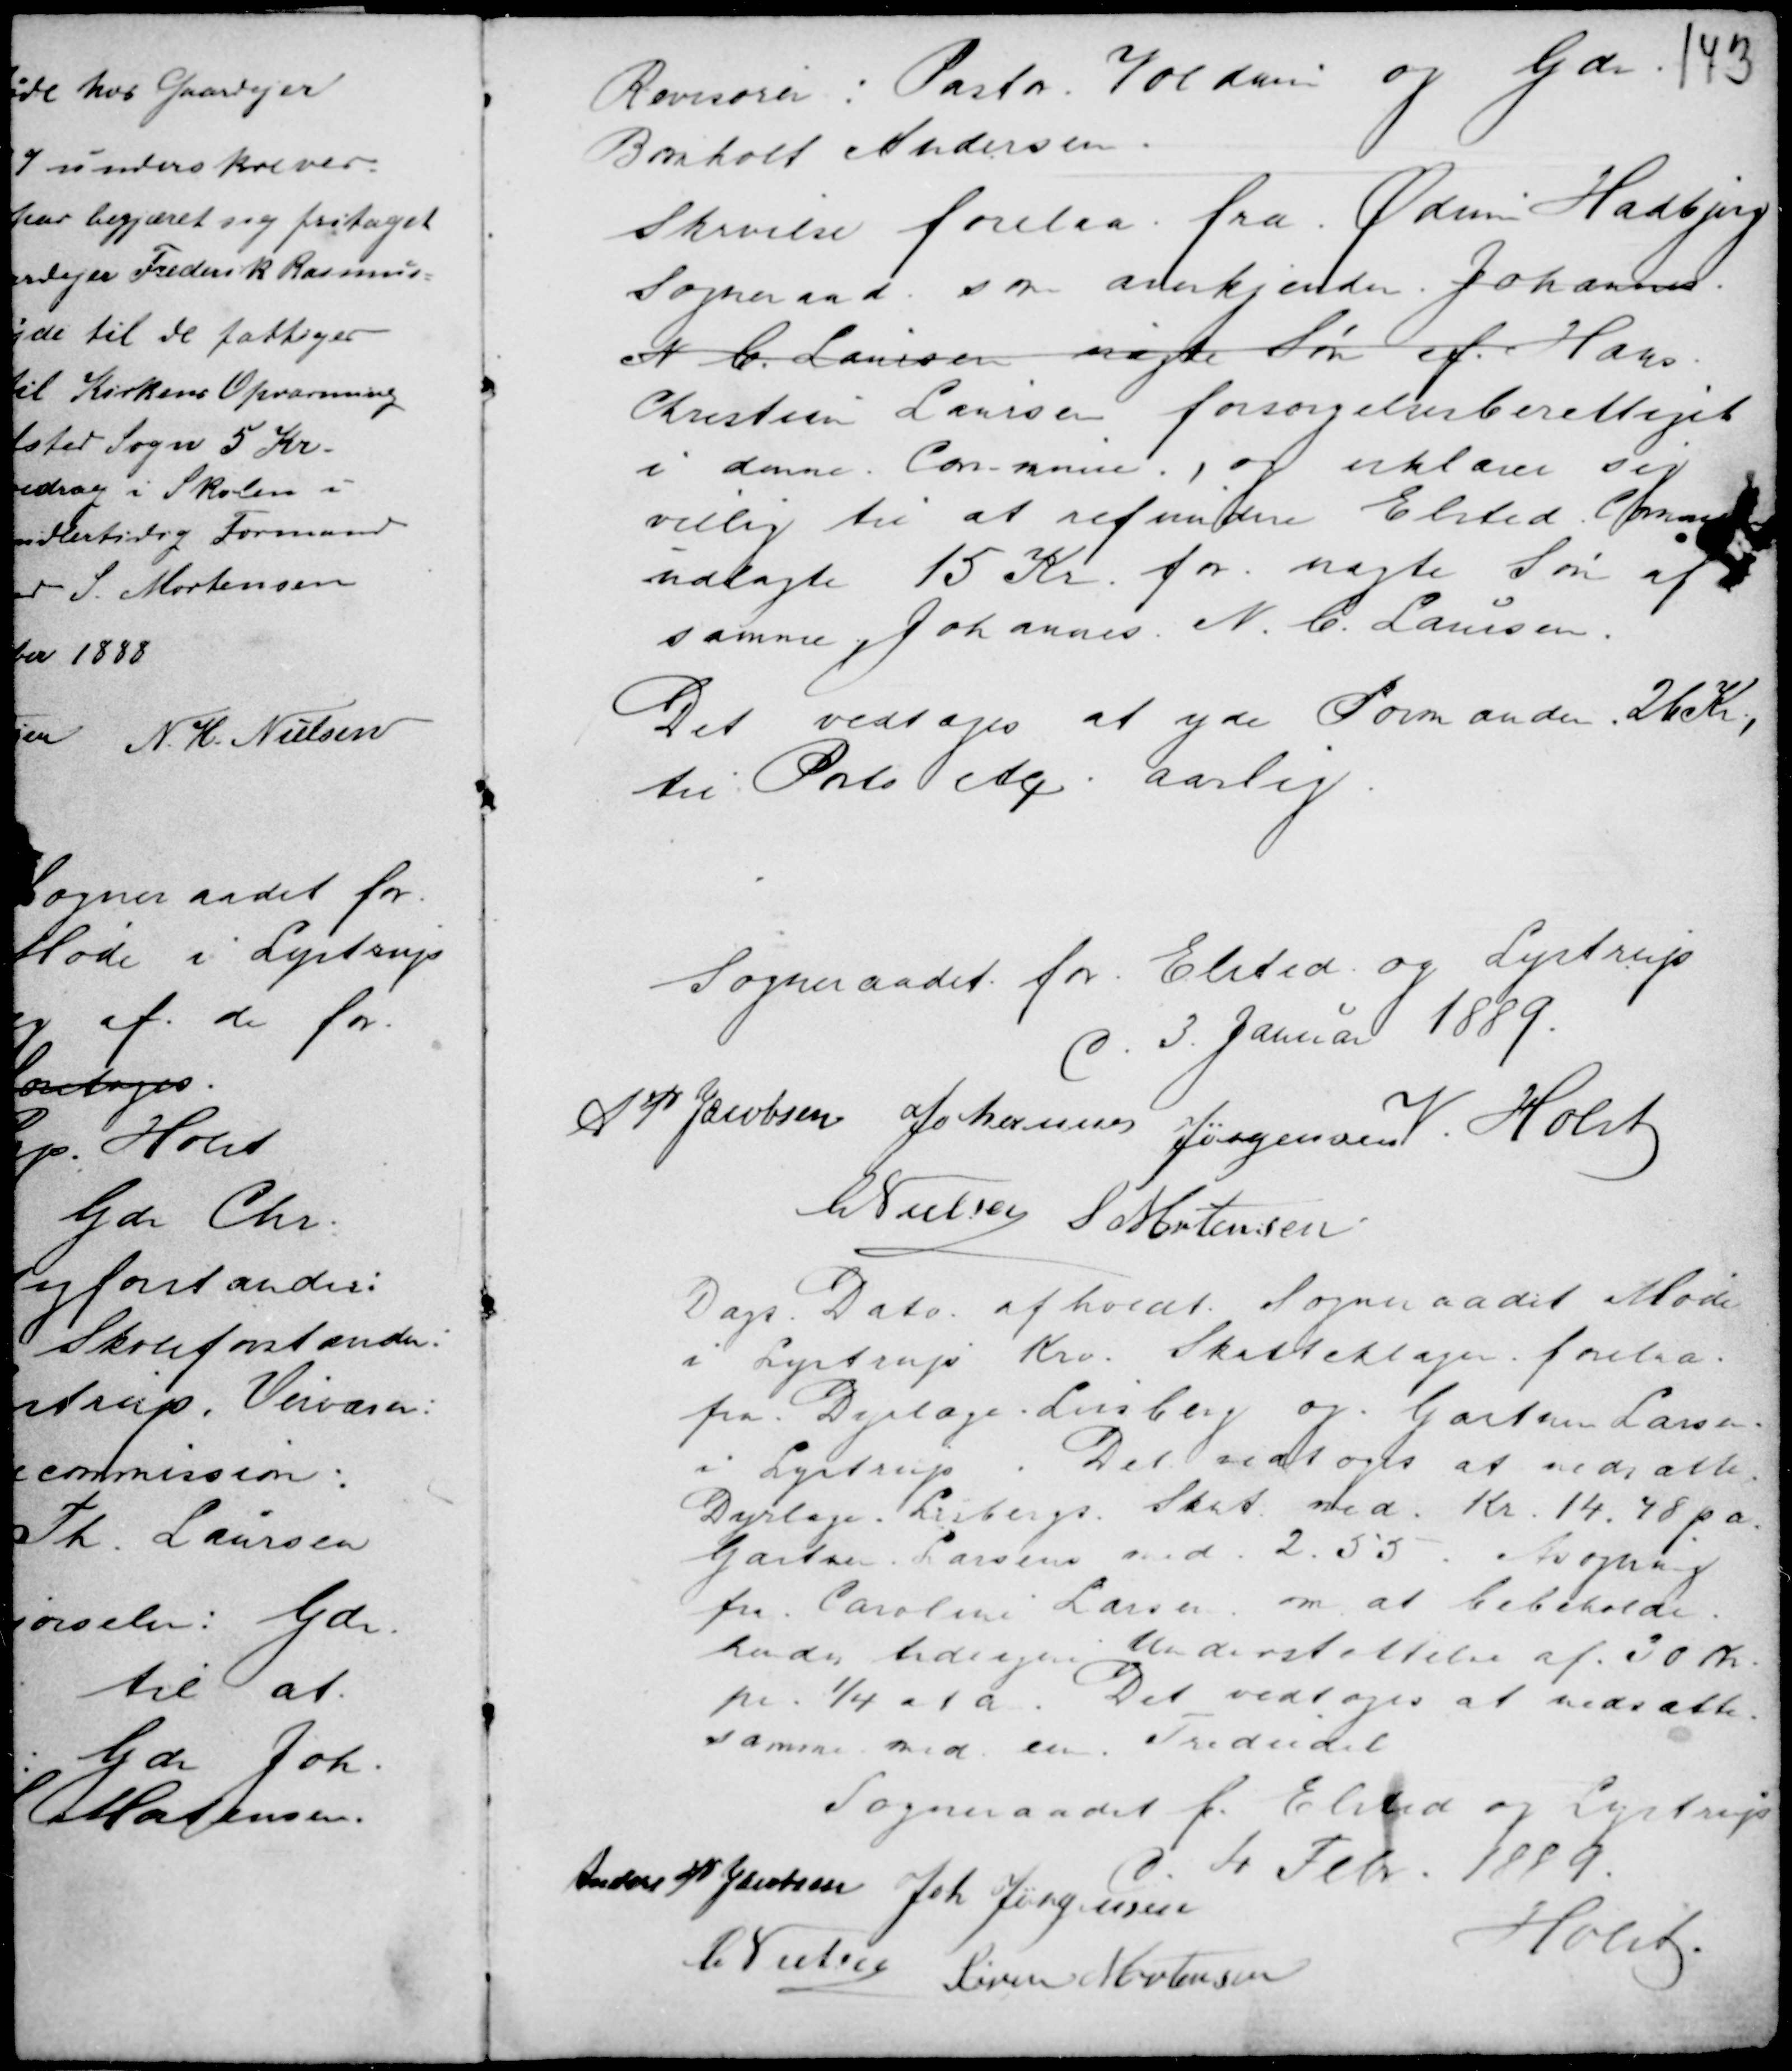
Transskription:
Revisorer : Pastor Voldum og Gdr.
Bomholt Andersen.

Skrivelse forelaa fra Ødum Hadbjerg
Sogneraad som anerkjender Johannes.
A C. Laursen uægte Søn af Hans
Christian Laursen forsørgelsesberettiget
i denne Commune. , og erklærer sig
villig til at refundere Elsted Comm
udlagte 15 Kr. for uægte Søn af
samme, Johannes N. C. Laursen.
Det vedtoges at yde Formanden 26 Kr.,
til : Porto etc. aarlig.

Sogneraadet for Elsted og Lystrup
d. 3. Januar 1889.
A P Jacobsen Johannes Jørgensen M. Holst
C Nielsen S Mortensen

Dags Dato afholdt Sogneraadet Møde
i Lystrup Kro. Skatteklage forelaa
fra Dyrlæge Liisberg og Gartner Larsen
i Lystrup. Det vedtoges at nedsætte
Dyrlæge Lisbergs Skat med Kr 14. 78 p a
Gartner Larsens med 2.55. Asoping
fra Caroline Larsen om at beholde
hendes tidligen Understøttelse af 30 Kr.
pr. 1/4 Aa. Det vedtoges at nedsætte
samme med en Trediedel

Sogneraadet f. Elsted og Lystrup
d. 4. Febr. 1889
Anders P Jacobsen Joh. Jørgensen
Holst.
C Nielsen Søren Mortensen